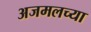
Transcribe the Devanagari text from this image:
अजमलच्या